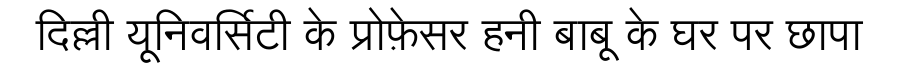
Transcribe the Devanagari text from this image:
दिल्ली यूनिवर्सिटी के प्रोफ़ेसर हनी बाबू के घर पर छापा